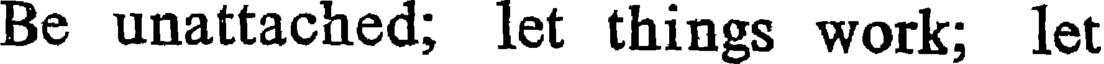
Be unattached; let things work; let